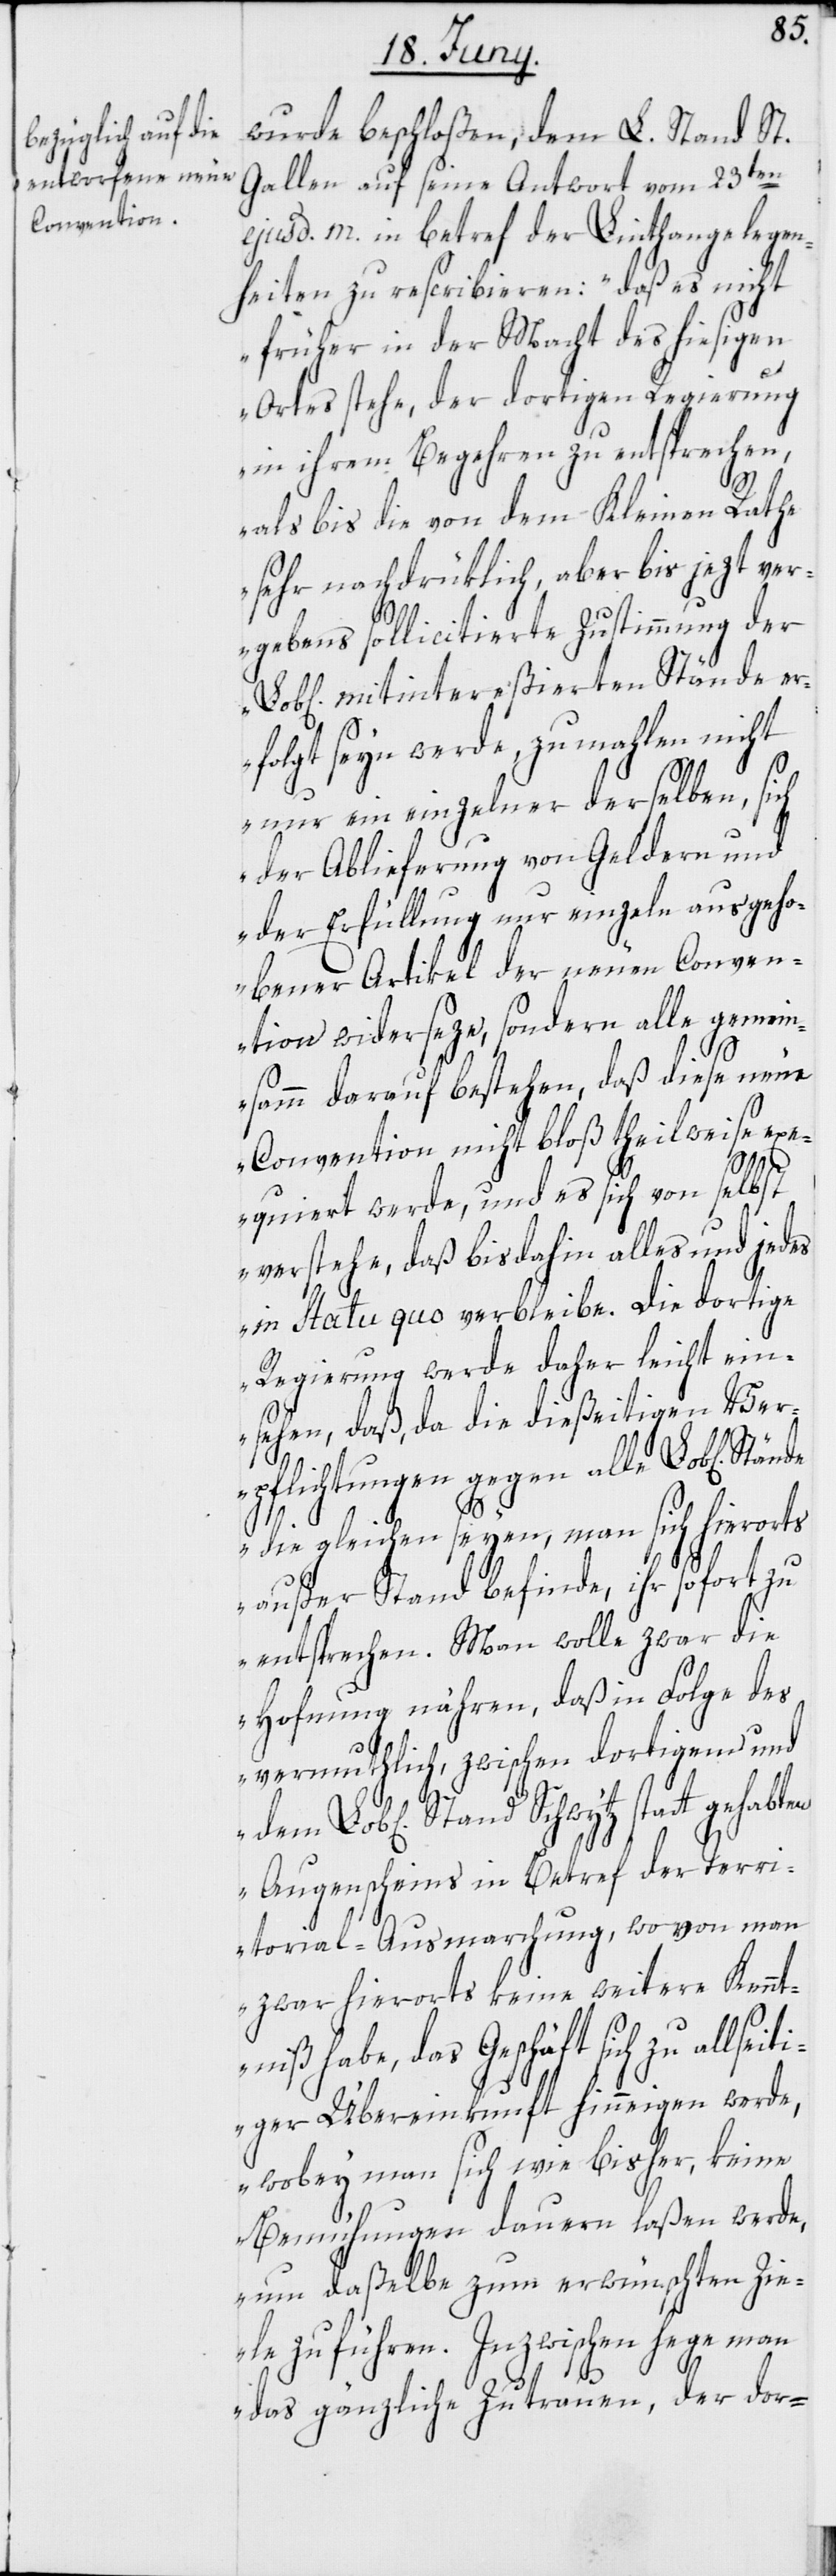
wurde beschloßen, dem L. Stand St.
Gallen auf seine Antwort vom 23ten
ejusd. m. in betref der Linthangelegen¬
heiten zu rescribieren: „daß es nicht
früher in der Macht des hiesigen
Ortes stehe, der dortigen Regierung
in ihrem Begehren zu entsprechen,
als bis die von dem Kleinen Rathe
sehr nachdrüklich, aber bis jezt ver¬
gebens sollicitierte Zustimmung der
mitintereßierten Stände er¬
folgt seyn werde, zumahlen nicht
nur ein einzelner derselben, sich
der Ablieferung von Geldern und
der Erfüllung nur einzeln ausgeho¬
bener Artikel der neuen Conven¬
tion widerseze, sondern alle gemein¬
samm darauf bestehen, daß diese neue
Convention nicht bloß theilweise ex¬
equiert werde, und es sich von selbst
verstehe, daß bisdahin alles und jedes
in Statu quo verbleibe. Die dortige
Regierung werde daher leicht ein¬
sehen, daß, da die dießeitigen Ver¬
pflichtungen gegen alle Lob[lichen]
die gleichen seyen, man sich hierorts
außer Stand befinde, ihr sofort zu
entsprechen. Man wolle zwar die
Hofnung nähren, daß in Folge des
vermuthlich, zwischen dortigem und
Stand Schwytz statt gehabten
Augenscheins in Betref der Terri¬
torial-Ausmarchung, wovon man
zwar hierorts keine weitere Kennt¬
niß habe, das Geschäft sich zu allse¬
itiger Übereinkunft hinneigen werde,
wobey man sich wie bisher, keine
Bemühungen dauern laßen werde,
um daßelbe zum erwünschten Zie¬
le zu führen. Inzwischen hege man
das gänzliche Zutrauen, der dor-